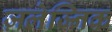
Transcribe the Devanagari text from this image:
ज़लेज्निक